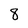
Character: 8